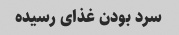
سرد بودن غذای رسیده